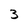
Character: 3